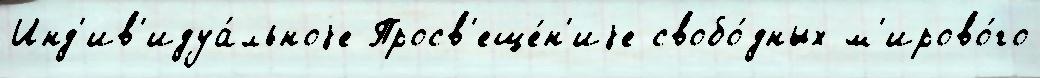
Инд'ив'идуа́льноjе Просв'еще́н'иjе свобо́дных м'ирово́го